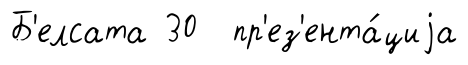
Б'елсата 30 пр'ез'ента́циjа